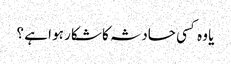
یا وہ کسی حادثہ کا شکار ہو ا ہے ؟